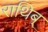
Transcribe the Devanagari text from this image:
राथिब्